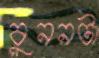
বুননটা